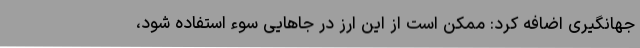
جهانگیری اضافه کرد: ممکن است از این ارز در جاهایی سوء استفاده شود،